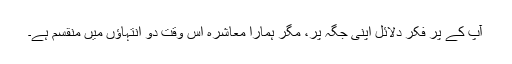
آپ کے پر فکر دلائل اپنی جگہ پر، مگر ہمارا معاشرہ اس وقت دو انتہاؤں میں منقسم ہے۔